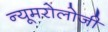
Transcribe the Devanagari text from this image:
न्यूमरोलोजी